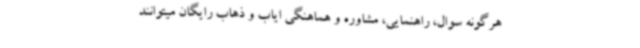
هرگونه سوال، راهنمایی، مشاوره و هماهنگی ایاب و ذهاب رایگان میتوانند